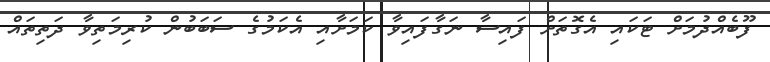
ފޫބެއްދުމަށް ޓަކައި އެގޮތަށް ފައިސާ ނަގާފައިވާ ކަމަށާއި އެކަމުގެ ސަބަބުން ކުރިމަތިވާ ދަތިތައް